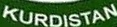
KURDISTAN